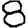
Digit: 8